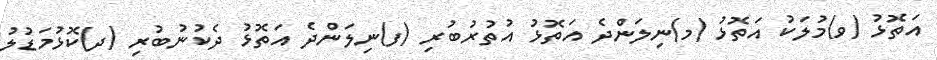
އަތޮޅު (ވ)މުލަކު އަތޮޅު (މ)ނިލަންދެ އަތޮޅު އުތުރުބުރި (ފ)ނިލަންދެ އަތޮޅު ދެކުނުބުރި (ދ)ކޮޅުމަޑުލު